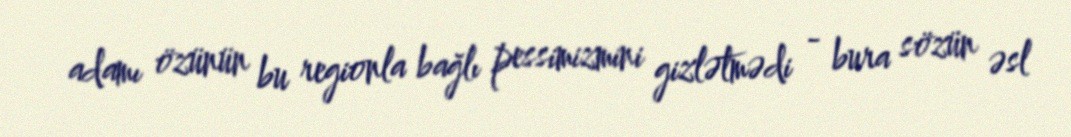
adamı özünün bu regionla bağlı pessimizmini gizlətmədi - bura sözün əsl